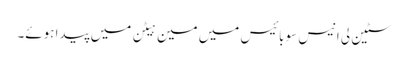
سٹین لی انیس سو بائیس میں مین ہیٹن میں پیدا ہوئے۔